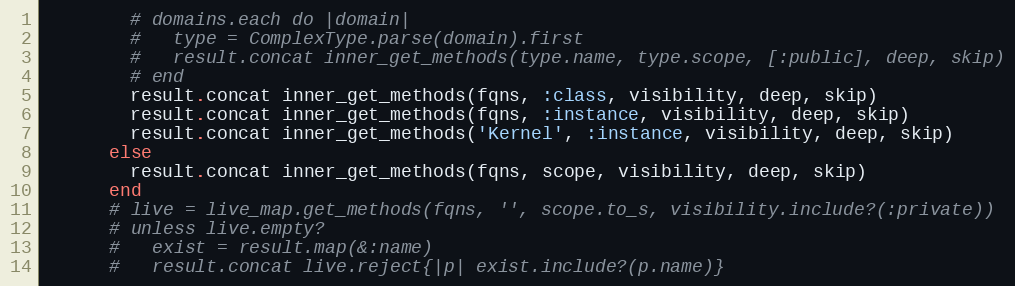
Language: Ruby
        # domains.each do |domain|
        #   type = ComplexType.parse(domain).first
        #   result.concat inner_get_methods(type.name, type.scope, [:public], deep, skip)
        # end
        result.concat inner_get_methods(fqns, :class, visibility, deep, skip)
        result.concat inner_get_methods(fqns, :instance, visibility, deep, skip)
        result.concat inner_get_methods('Kernel', :instance, visibility, deep, skip)
      else
        result.concat inner_get_methods(fqns, scope, visibility, deep, skip)
      end
      # live = live_map.get_methods(fqns, '', scope.to_s, visibility.include?(:private))
      # unless live.empty?
      #   exist = result.map(&:name)
      #   result.concat live.reject{|p| exist.include?(p.name)}